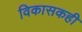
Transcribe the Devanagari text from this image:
विकासकही